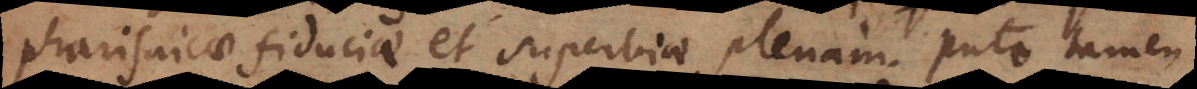
pharisaicae fiduciae et superbiae plenam. Puto tamen